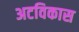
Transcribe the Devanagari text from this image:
अटविकास